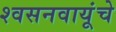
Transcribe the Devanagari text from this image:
श्वसनवायूंचे